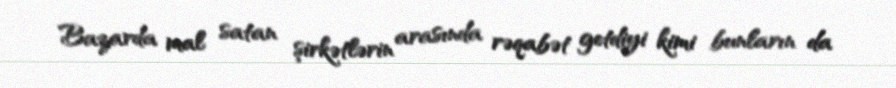
Bazarda mal satan şirkətlərin arasında rəqabət getdiyi kimi bunların da